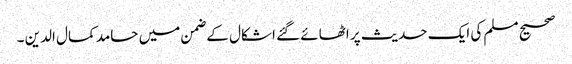
صحیح مسلم کی ایک حدیث پر اٹھائے گئے اشکال کے ضمن میں حامد کمال الدین ۔